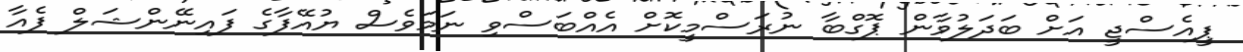
ޕީއެސްޖީ އަށް ބަދަލުވާން ޕޮގްބާ ނުރަސްމީކޮށް އެއްބަސްވި ނަމަވެސް ޔުއޭފާގެ ފައިނޭންޝަލް ފެއާ